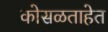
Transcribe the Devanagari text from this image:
कोसळताहेत